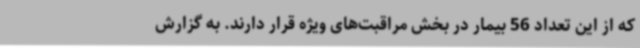
که از این تعداد 56 بیمار در بخش مراقبت‌های ویژه قرار دارند. به گزارش